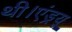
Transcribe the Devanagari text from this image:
थी।एंड्रयू